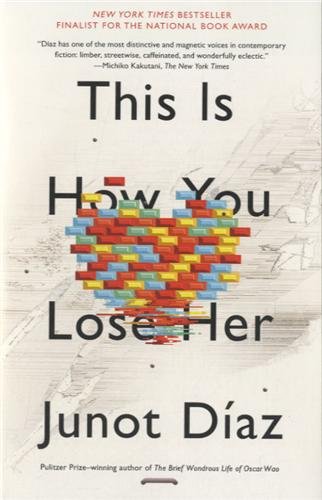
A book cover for This Is How You Lose Her; Junot Diaz; Literature & Fiction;